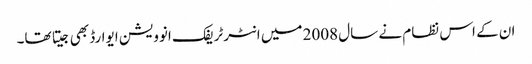
ان کے اس نظام نے سال 2008 میں انٹرٹریفک انوویشن ایوارڈ بھی جیتا تھا۔